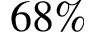
6 8 \%